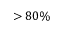
> 8 0 \%